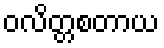
ဝလိတ္တစတာယ